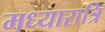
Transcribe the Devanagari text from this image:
मध्यारात्रि